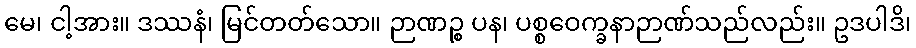
မေ၊ ငါ့အား။ ဒဿနံ၊ မြင်တတ်သော။ ဉာဏဉ္စ ပန၊ ပစ္စဝေက္ခနာဉာဏ်သည်လည်း။ ဥဒပါဒိ၊